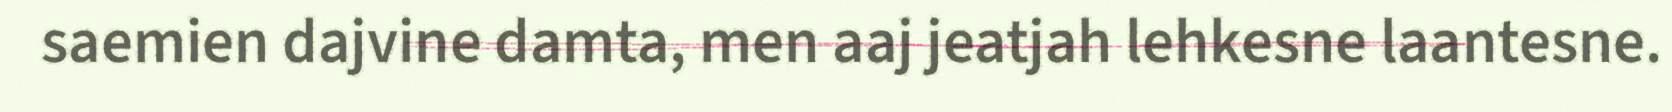
saemien dajvine damta, men aaj jeatjah lehkesne laantesne.